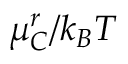
\mu _ { C } ^ { r } / k _ { B } T